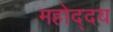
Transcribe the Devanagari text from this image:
महोद्दय